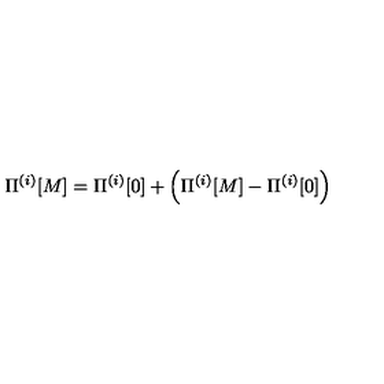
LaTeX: \Pi ^ { ( i ) } [ M ] = \Pi ^ { ( i ) } [ 0 ] + \left( \Pi ^ { ( i ) } [ M ] - \Pi ^ { ( i ) } [ 0 ] \right)